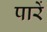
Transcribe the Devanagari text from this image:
पारें